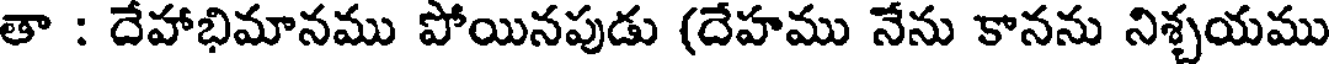
తా : దేహాభిమానము పోయినపుడు (దేహము నేను కానను నిశ్చయము